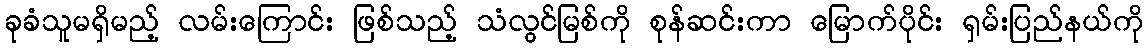
ခုခံသူမရှိမည့် လမ်းကြောင်း ဖြစ်သည့် သံလွင်မြစ်ကို စုန်ဆင်းကာ မြောက်ပိုင်း ရှမ်းပြည်နယ်ကို